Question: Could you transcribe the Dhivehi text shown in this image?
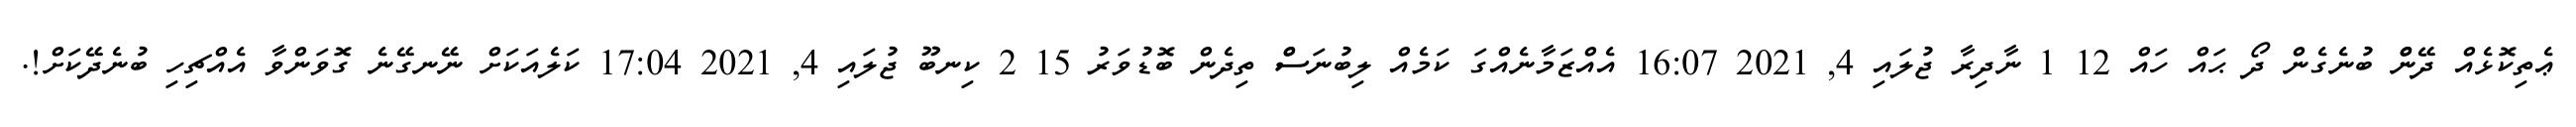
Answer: ޢެތިކޮޅެއް ދޭންް ބުނެގެން ދޯ ޙައް ހައް 12 1 ނާދިރާ ޖުލައި 4, 2021 16:07 އެއްޒަމާނެއްގަ ކަމެއް ލިބުނަސްް ތިދެން ބޮޑުވަރު 15 2 ކިނބޫ ޖުލައި 4, 2021 17:04 ކަލެއަކަށް ނޭނގޭނެ ގޮވަންވާ އެއްޗިހި ބުނެދޭކަށް!.